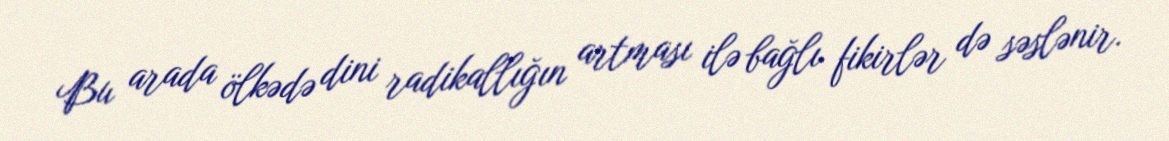
Bu arada ölkədə dini radikallığın artması ilə bağlı fikirlər də səslənir.